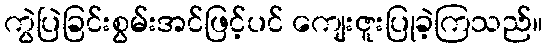
ကွဲပြဲခြင်းစွမ်းအင်ဖြင့်ပင် ကျေးဇူးပြုခဲ့ကြသည်။